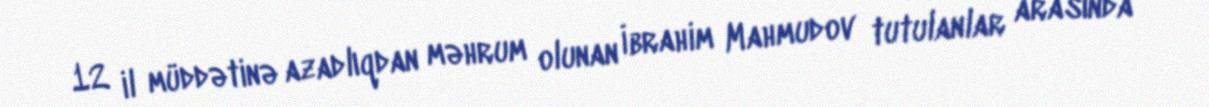
12 il müddətinə azadlıqdan məhrum olunan İbrahim Mahmudov tutulanlar arasında